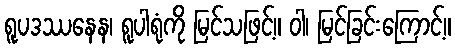
ရူပဒဿနေန၊ ရူပါရုံကို မြင်သဖြင့်။ ဝါ၊ မြင်ခြင်းကြောင့်။